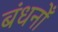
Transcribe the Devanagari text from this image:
बंधनोँ